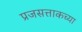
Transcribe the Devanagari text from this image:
प्रजसत्ताकच्या